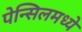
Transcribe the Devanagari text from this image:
पेन्सिलमध्ये